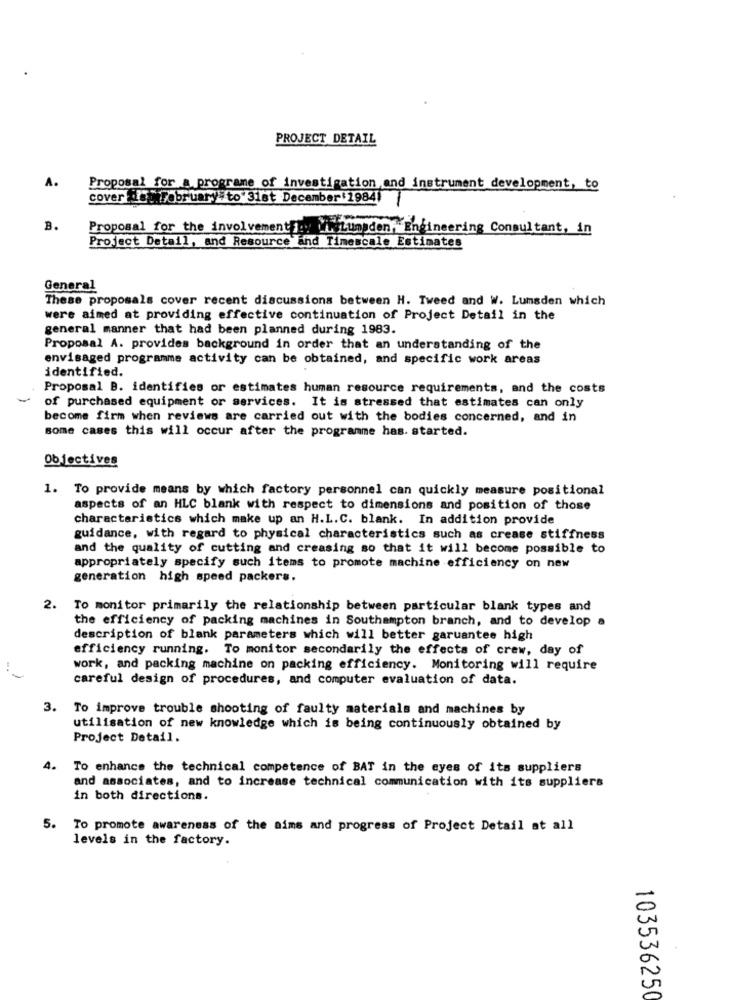
PROJECT DETAIL
A.
Proposal for a programe of investigation and instrument development, to
cover dethFebruary to 31st December 1984)
B.
Proposal for the involvement oy willumsden, Engineering Consultant, in
Project Detail, and Resource and Timescale Estimates
General
These proposals cover recent discussions between H. Tweed and W. Lumsden which
were aimed at providing effective continuation of Project Detail in the
general manner that had been planned during 1983.
Proposal A. provides background in order that an understanding of the
envisaged programme activity can be obtained, and specific work areas
identified.
Proposal B. identifies or estimates human resource requirements, and the costs
of purchased equipment or services. It is stressed that estimates can only
become firm when reviews are carried out with the bodies concerned, and in
some cases this will occur after the programme has. started.
Objectives
1. To provide means by which factory personnel can quickly measure positional
aspects of an HLC blank with respect to dimensions and position of those
characteristics which make up an H.L.C. blank. In addition provide
guidance, with regard to physical characteristics such as crease stiffness
and the quality of cutting and creasing so that it will become possible to
appropriately specify such items to promote machine efficiency on new
generation high speed packers.
2.
To monitor primarily the relationship between particular blank types and
the efficiency of packing machines in Southampton branch, and to develop
description of blank parameters which will better garuantee high
efficiency running. To monitor secondarily the effects of crew, day of
work, and packing machine on packing efficiency. Monitoring will require
careful design of procedures, and computer evaluation of data.
3. To improve trouble shooting of faulty materials and machines by
utilisation of new knowledge which is being continuously obtained by
Project Detail.
4. To enhance the technical competence of BAT in the eyes of its suppliers
and associates, and to increase technical communication with its suppliers
in both directions.
5. To promote awareness of the aims and progress of Project Detail at all
levels in the factory.
103536250